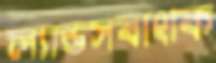
ল্যান্ডসবাংকি